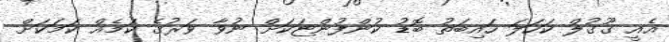
އެއީ ގޫގުލް ކަހަލަ ހައިބަތު ބޮޑު ކުންފުންޏަކަށް ނުވާ ވަރުގެ ކަމެއް ކަމަކަށް